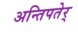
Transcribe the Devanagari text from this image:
अन्तिपतेर्